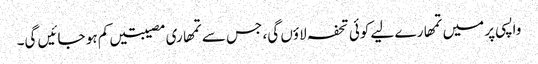
واپسی پر میں تمھارے لیے کوئی تحفہ لاؤں گی، جس سے تمھاری مصیبتیں کم ہو جائیں گی۔